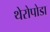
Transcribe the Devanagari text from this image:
थेरोपोडा